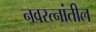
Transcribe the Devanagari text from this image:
नवरत्नांतील